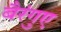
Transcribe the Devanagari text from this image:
बैरंगुए